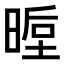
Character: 𭦵